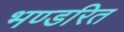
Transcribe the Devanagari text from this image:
भण्डरित